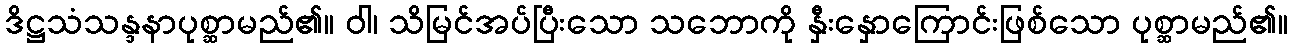
ဒိဋ္ဌသံသန္ဒနာပုစ္ဆာမည်၏။ ဝါ၊ သိမြင်အပ်ပြီးသော သဘောကို နှီးနှောကြောင်းဖြစ်သော ပုစ္ဆာမည်၏။